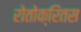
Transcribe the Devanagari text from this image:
रोतोक्रितस